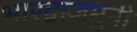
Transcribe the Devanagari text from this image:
भारद्वाजमुनी